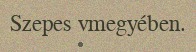
Szepes vmegyében.